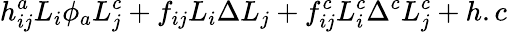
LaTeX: h_{ij}^{a}L_{i}\phi_{a}L_{j}^{c}+f_{ij}L_{i}\Delta L_{j}+f_{ij}^{c}L_{i}^{c}\Delta^{c}L_{j}^{c}+h.c